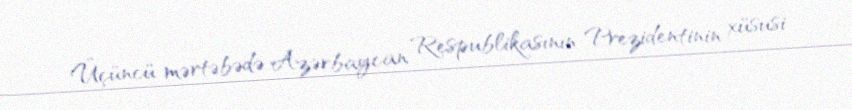
Üçüncü mərtəbədə Azərbaycan Respublikasının Prezidentinin xüsusi